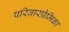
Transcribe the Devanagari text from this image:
परिवारप्रेमिका